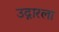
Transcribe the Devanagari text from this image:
उद्गारला